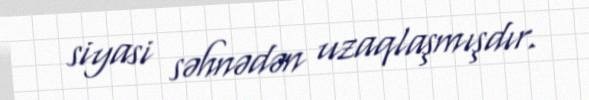
siyasi səhnədən uzaqlaşmışdır.